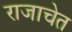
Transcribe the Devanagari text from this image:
राजाचेत